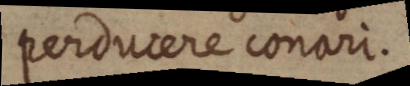
perducere conari.